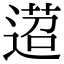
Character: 𦴚